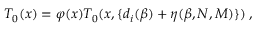
T _ { 0 } ( x ) = \varphi ( x ) T _ { 0 } ( x , \{ d _ { i } ( \beta ) + \eta ( \beta , N , M ) \} ) \; ,